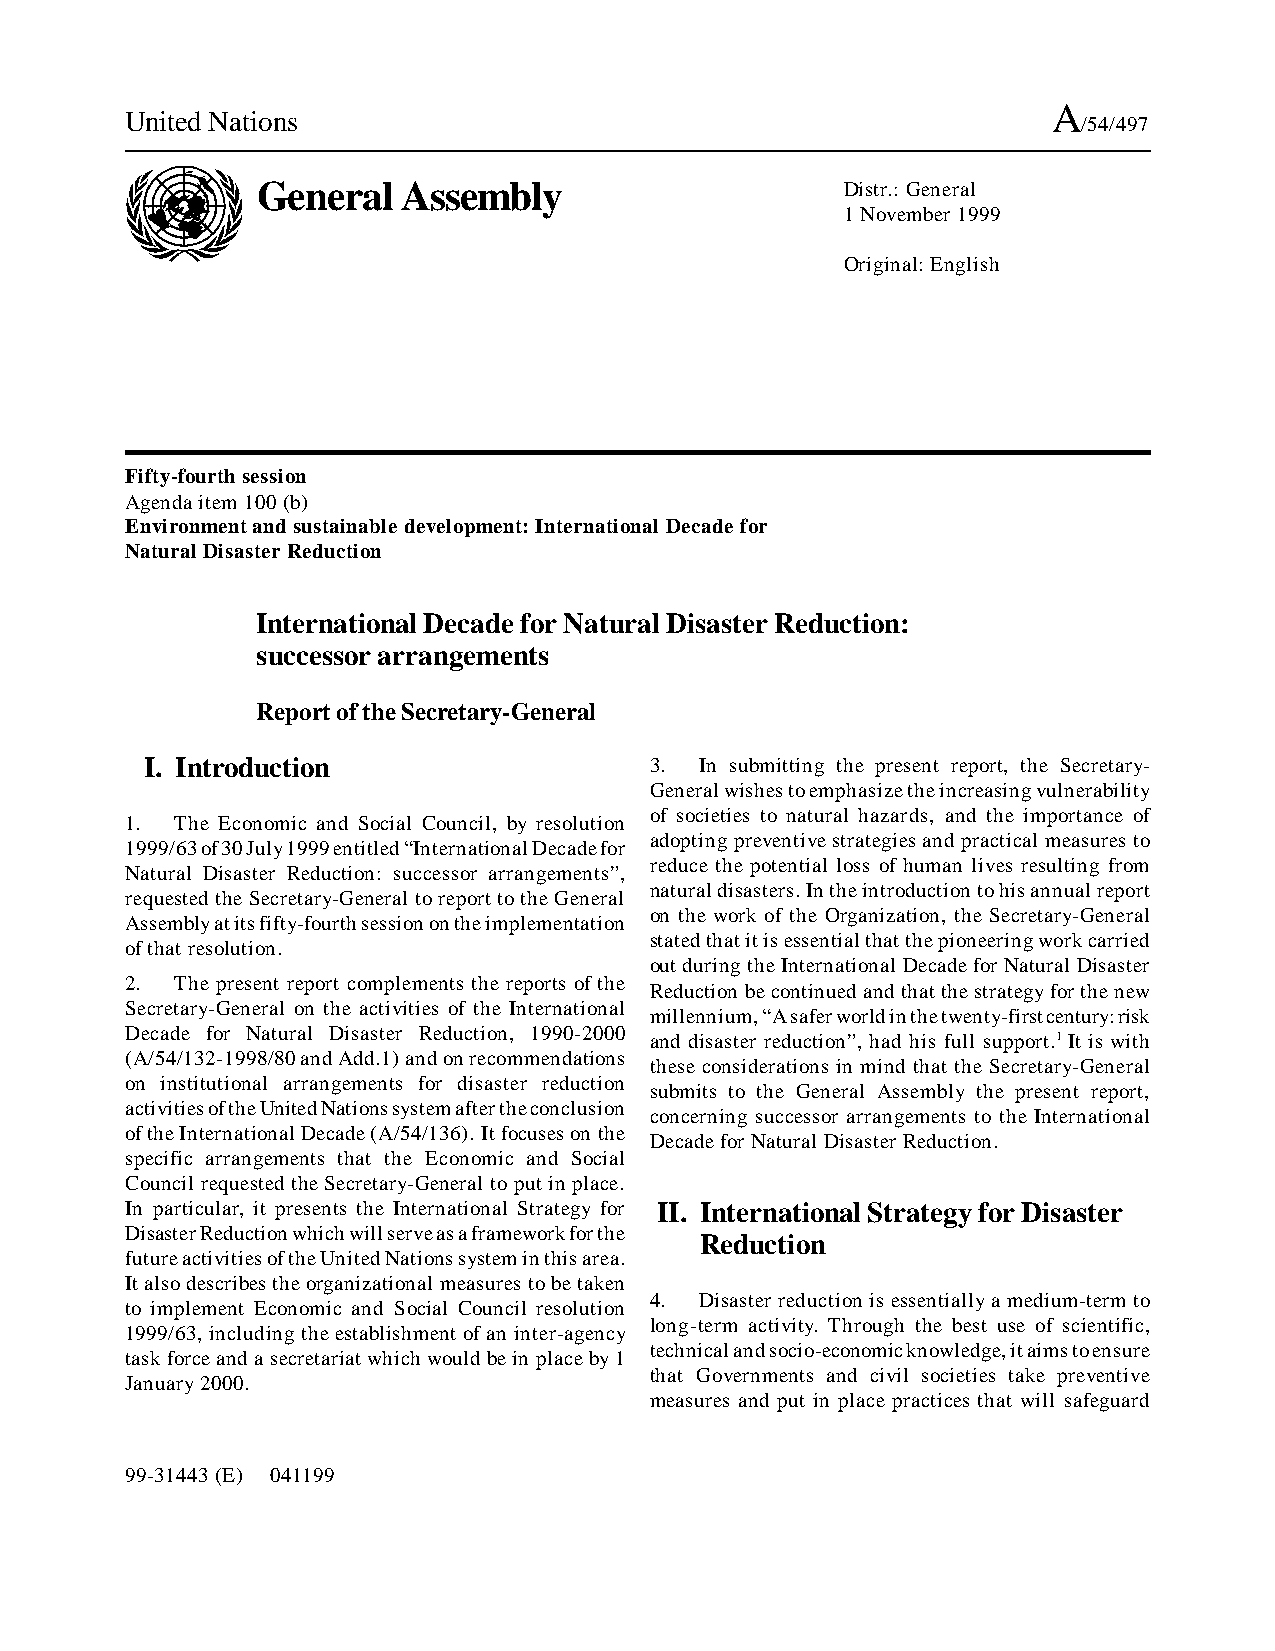
A
 United Nations
 /54/497
 General   Assembly                     Distr.: General
 1 November 1999
 Original: English
 Fifty-fourth session
 Agenda item 100 (b)
 Environment and sustainable development: International Decade for
 Natural Disaster Reduction
 International Decade for Natural Disaster Reduction:
 successor arrangements
 Report of the Secretary-General
 I. Introduction                  3. In submitting the present report, the Secretary-
 General wishes to emphasize the increasing vulnerability
 of societies to natural hazards, and the importance of
 1.  The Economic and Social Council, by resolution
 adopting preventive strategies and practical measures to
 1999/63 of 30 July 1999 entitled “International Decade for
 reduce the potential loss of human lives resulting from
 Natural Disaster Reduction: successor arrangements”,
 natural disasters. In the introduction to his annual report
 requested the Secretary-General to report to the General
 on the work of the Organization, the Secretary-General
 Assembly at its fifty-fourth session on the implementation
 stated that it is essential that the pioneering work carried
 of that resolution.
 out during the International Decade for Natural Disaster
 2.  The present report complements the reports of the
 Reduction be continued and that the strategy for the new
 Secretary-General on the activities of the International
 millennium, “A safer world in the twenty-first century: risk
 Decade for Natural Disaster Reduction, 1990-2000
 and disaster reduction”, had his full support.1 It is with
 (A/54/132-1998/80 and Add.1) and on recommendations
 these considerations in mind that the Secretary-General
 on institutional arrangements for disaster reduction
 submits to the General Assembly the present report,
 activities of the United Nations system after the conclusion
 concerning successor arrangements to the International
 of the International Decade (A/54/136). It focuses on the
 Decade for Natural Disaster Reduction.
 specific arrangements that the Economic and Social
 Council requested the Secretary-General to put in place.
 In particular, it presents the International Strategy for II. International Strategy for Disaster
 Disaster Reduction which will serve as a framework for the
 Reduction
 future activities of the United Nations system in this area.
 It also describes the organizational measures to be taken
 4. Disaster reduction is essentially a medium-term to
 to implement Economic and Social Council resolution
 long-term activity. Through the best use of scientific,
 1999/63, including the establishment of an inter-agency
 technical and socio-economic knowledge, it aims to ensure
 task force and a secretariat which would be in place by 1
 that Governments and civil societies take preventive
 January 2000.
 measures and put in place practices that will safeguard
 99-31443 (E) 041199